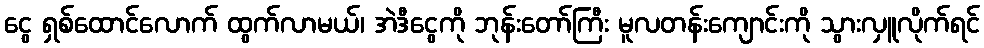
ငွေ ရှစ်ထောင်လောက် ထွက်လာမယ်၊ အဲဒီငွေကို ဘုန်းတော်ကြီး မူလတန်းကျောင်းကို သွားလှူလိုက်ရင်